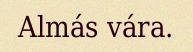
Almás vára.